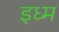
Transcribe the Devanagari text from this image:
इध्म